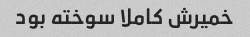
خمیرش کاملا سوخته بود